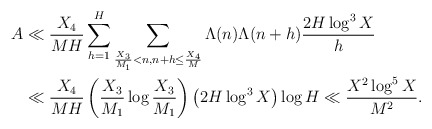
\begin{align*}A &\ll \frac{X_4}{MH} \sum_{h=1}^H \sum_{\frac{X_3}{M_1} < n, n+h \leq \frac{X_4}{M}} \Lambda(n) \Lambda(n+h) \frac{2H \log^3 X}{h} \\&\ll \frac{X_4}{MH} \left( \frac{X_3}{M_1} \log \frac{X_3}{M_1} \right) \left( 2H \log^3 X \right) \log H \ll \frac{X^2 \log^5 X }{M^2}.\end{align*}